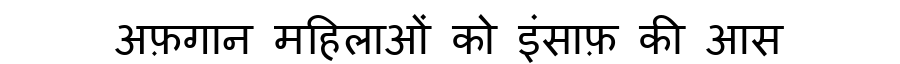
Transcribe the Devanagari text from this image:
अफ़गान महिलाओं को इंसाफ़ की आस